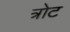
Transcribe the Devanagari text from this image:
त्रोट